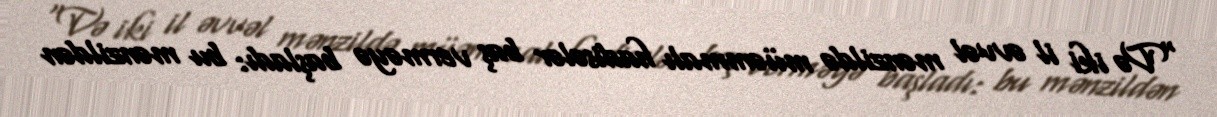
“Və iki il əvvəl mənzildə müəmmalı hadisələr baş verməyə başladı: bu mənzildən